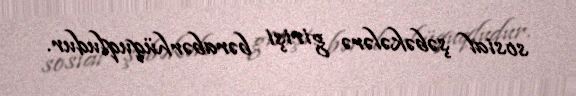
sosial şəbəkələrə girişi bərabərhüquqludur.